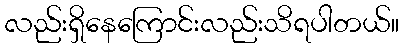
လည်းရှိနေကြောင်းလည်းသိရပါတယ်။